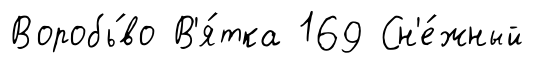
Воробь́во В'я́тка 169 Сн'е́жный